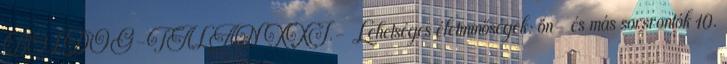
BOLDOG-TALAN XXI.- Lehetséges életminőségek: ön- és más sorsrontók 10.